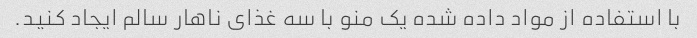
با استفاده از مواد داده شده یک منو با سه غذای ناهار سالم ایجاد کنید.